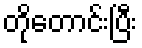
တိုတောင်းပြီး